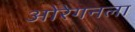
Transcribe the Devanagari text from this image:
ओरेगनला